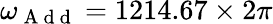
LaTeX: \omega_{\mathrm{~A~d~d~}}=1214.67\times 2\pi